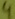
Text: 4